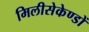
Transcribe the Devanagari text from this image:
मिलीसेकेण्डों